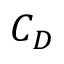
C _ { D }